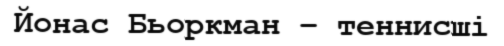
Йонас Бьоркман – теннисші